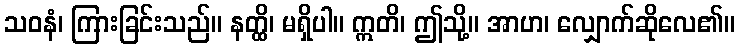
သဝနံ၊ ကြားခြင်းသည်။ နတ္ထိ၊ မရှိပါ။ ဣတိ၊ ဤသို့။ အာဟ၊ လျှောက်ဆိုလေ၏။